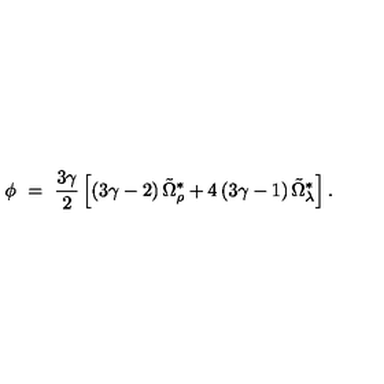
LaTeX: \phi \ = \ \frac { 3 \gamma } { 2 } \left[ \left( 3 \gamma - 2 \right) \tilde { \Omega } _ { \rho } ^ { \ast } + 4 \left( 3 \gamma - 1 \right) \tilde { \Omega } _ { \lambda } ^ { \ast } \right] .